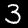
Label: 3